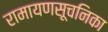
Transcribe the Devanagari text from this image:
रामायणसूचनिका